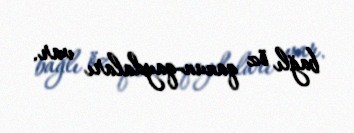
bağlı öz qanun-qaydaları var.